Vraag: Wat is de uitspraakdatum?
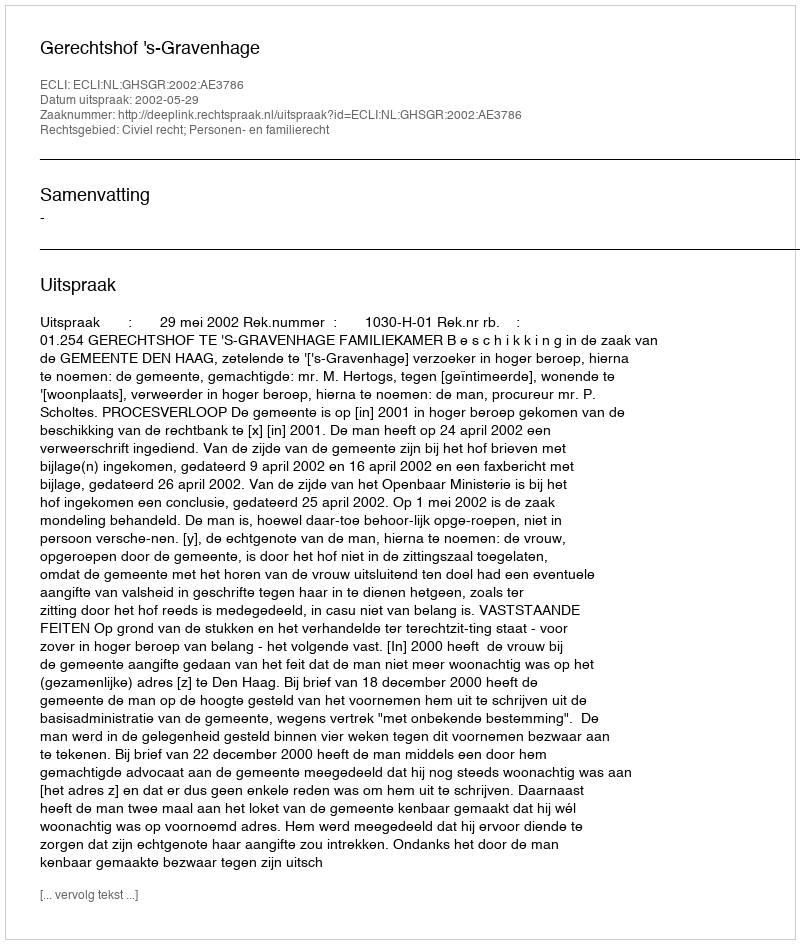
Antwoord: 2002-05-29